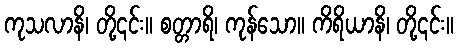
ကုသလာနိ၊ တို့၎င်း။ စတ္တာရိ၊ ကုန်သော။ ကိရိယာနိ၊ တို့၎င်း။